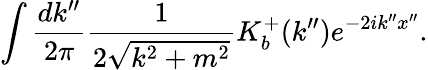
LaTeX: \int\frac{dk^{\prime\prime}}{2\pi}\frac{1}{2\sqrt{k^{2}+m^{2}}}K_{b}^{+}(k^{\prime\prime})e^{-2ik^{\prime\prime}x^{\prime\prime}}.